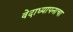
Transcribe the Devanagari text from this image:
वेदाध्यापनाचा